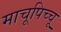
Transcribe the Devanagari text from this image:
माचूपिच्चू